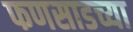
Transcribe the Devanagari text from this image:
फणसाडच्या